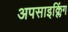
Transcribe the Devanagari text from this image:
अपसाइक्लिंग